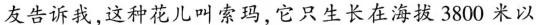
友告诉我，这种花儿叫索玛，它只生长在海拔3800米以